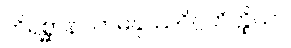
တိရစ္ဆာနဂတမနုဿဝိဂ္ဂဟိတ္ထိယာ